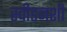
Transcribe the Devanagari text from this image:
स्वीडनशी